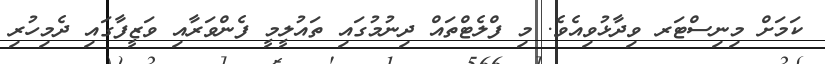
ކަމަށް މިނިސްޓަރ ވިދާޅުވިއެވެ. މި ފްލެޓްތައް ދިނުމުގައި ތައުލީމީ ފެންވަރާއި ވަޒީފާގައި ދެމިހުރި